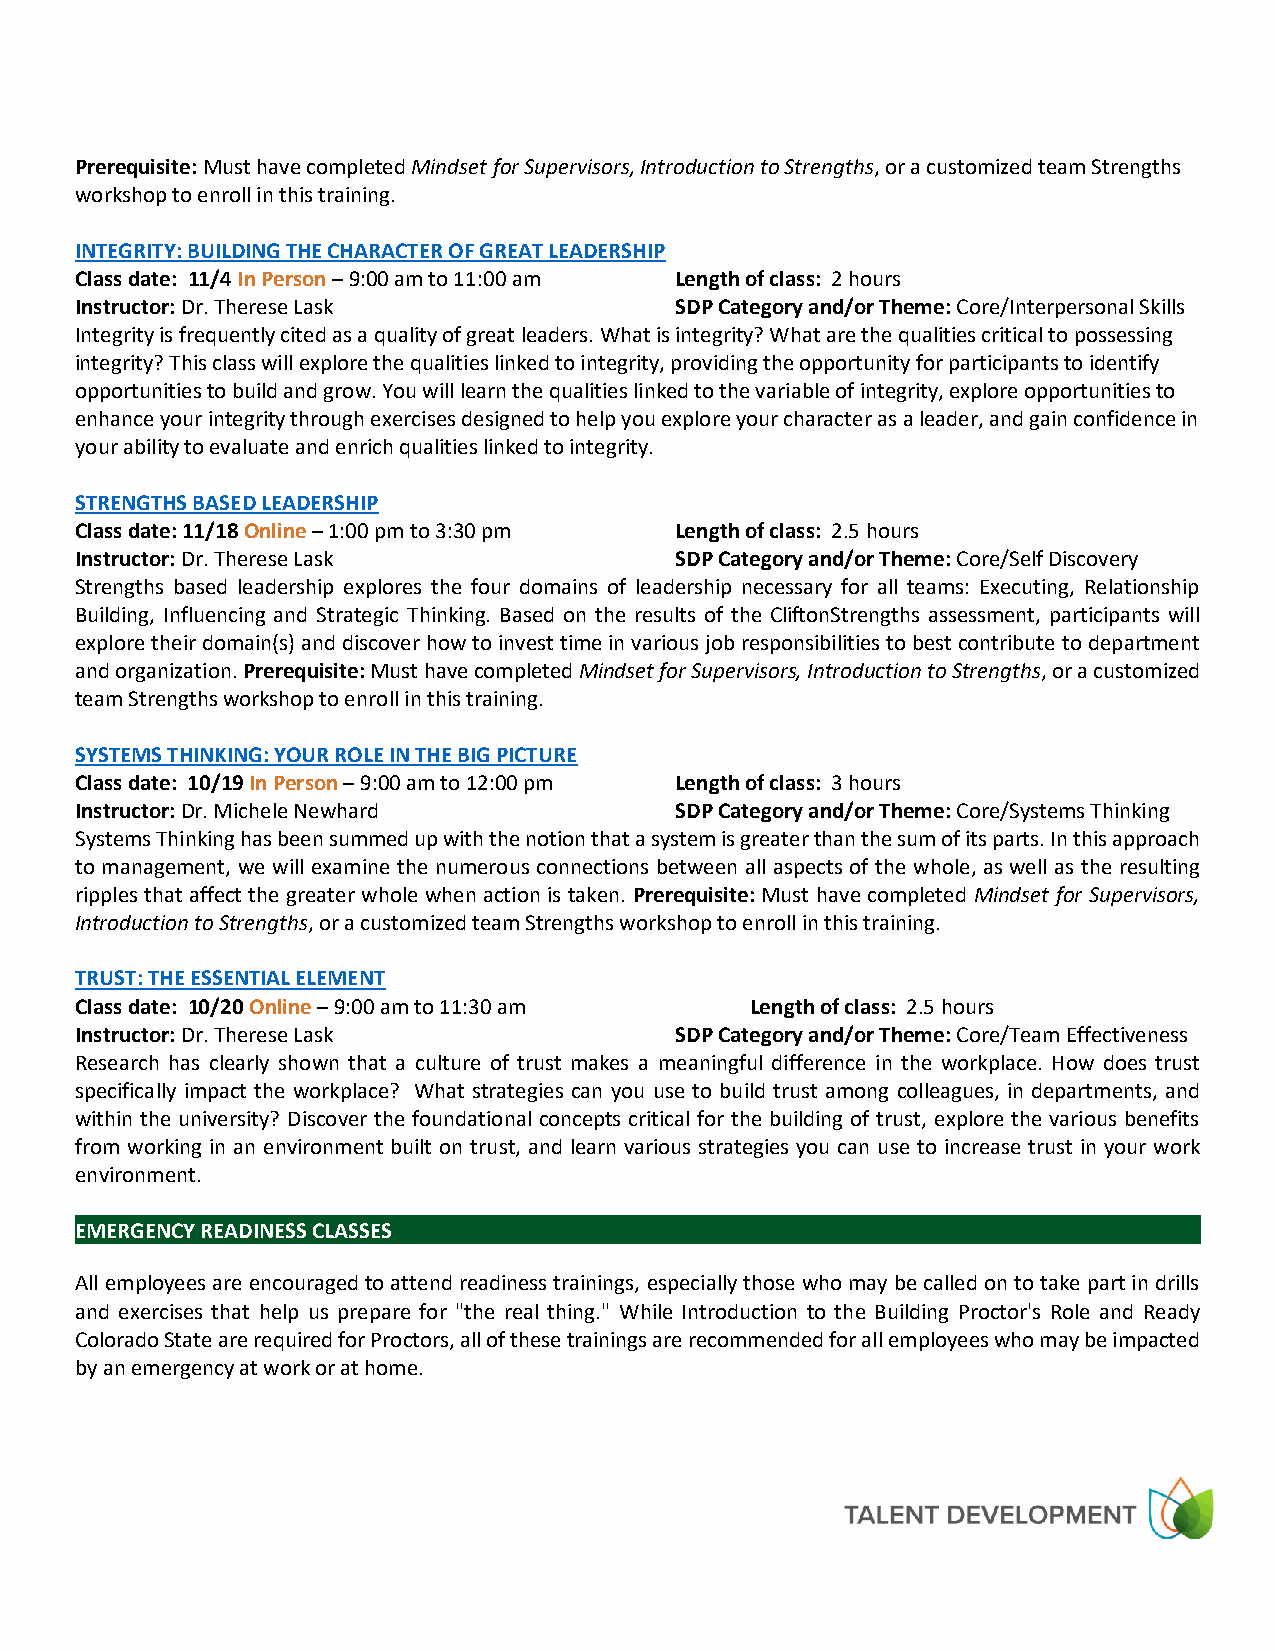
Prerequisite: Must have completed Mindset for Supervisors, Introduction to Strengths, or a customized team Strengths
 workshop to enroll in this training.
 INTEGRITY: BUILDING THE CHARACTER OF GREAT LEADERSHIP
 Class date: 11/4 In Person – 9:00 am to 11:00 am Length of class: 2 hours
 Instructor: Dr. Therese Lask            SDP Category and/or Theme: Core/Interpersonal Skills
 Integrity is frequently cited as a quality of great leaders. What is integrity? What are the qualities critical to possessing
 integrity? This class will explore the qualities linked to integrity, providing the opportunity for participants to identify
 opportunities to build and grow. You will learn the qualities linked to the variable of integrity, explore opportunities to
 enhance your integrity through exercises designed to help you explore your character as a leader, and gain confidence in
 your ability to evaluate and enrich qualities linked to integrity.
 STRENGTHS BASED LEADERSHIP
 Class date: 11/18 Online – 1:00 pm to 3:30 pm Length of class: 2.5 hours
 Instructor: Dr. Therese Lask            SDP Category and/or Theme: Core/Self Discovery
 Strengths based leadership explores the four domains of leadership necessary for all teams: Executing, Relationship
 Building, Influencing and Strategic Thinking. Based on the results of the CliftonStrengths assessment, participants will
 explore their domain(s) and discover how to invest time in various job responsibilities to best contribute to department
 and organization. Prerequisite: Must have completed Mindset for Supervisors, Introduction to Strengths, or a customized
 team Strengths workshop to enroll in this training.
 SYSTEMS THINKING: YOUR ROLE IN THE BIG PICTURE
 Class date: 10/19 In Person – 9:00 am to 12:00 pm Length of class: 3 hours
 Instructor: Dr. Michele Newhard         SDP Category and/or Theme: Core/Systems Thinking
 Systems Thinking has been summed up with the notion that a system is greater than the sum of its parts. In this approach
 to management, we will examine the numerous connections between all aspects of the whole, as well as the resulting
 ripples that affect the greater whole when action is taken. Prerequisite: Must have completed Mindset for Supervisors,
 Introduction to Strengths, or a customized team Strengths workshop to enroll in this training.
 TRUST: THE ESSENTIAL ELEMENT
 Class date: 10/20 Online – 9:00 am to 11:30 am Length of class: 2.5 hours
 Instructor: Dr. Therese Lask            SDP Category and/or Theme: Core/Team Effectiveness
 Research has clearly shown that a culture of trust makes a meaningful difference in the workplace. How does trust
 specifically impact the workplace? What strategies can you use to build trust among colleagues, in departments, and
 within the university? Discover the foundational concepts critical for the building of trust, explore the various benefits
 from working in an environment built on trust, and learn various strategies you can use to increase trust in your work
 environment.
 EMERGENCY READINESS CLASSES
 All employees are encouraged to attend readiness trainings, especially those who may be called on to take part in drills
 and exercises that help us prepare for "the real thing." While Introduction to the Building Proctor's Role and Ready
 Colorado State are required for Proctors, all of these trainings are recommended for all employees who may be impacted
 by an emergency at work or at home.